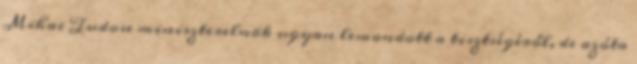
Mihai Tudose miniszterelnök ugyan lemondott a tisztségéről, de azóta